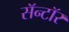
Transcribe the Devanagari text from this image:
सॅन्टॉर